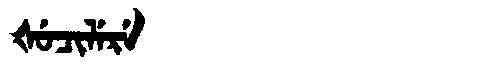
Manchu: ᡧᡠᠴᡳᠯᡝᡵᡝ
Romanization: ŠUCILERE